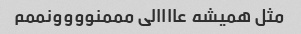
مثل همیشه عاااالی مممنوووونممم